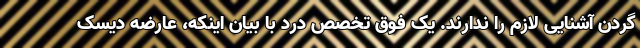
گردن آشنایی لازم را ندارند. یک فوق تخصص درد با بیان اینکه، عارضه دیسک